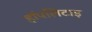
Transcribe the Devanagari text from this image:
हॉपलिटाइ